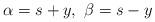
LaTeX: \begin{align*}\alpha=s+y, \ \beta=s-y\end{align*}